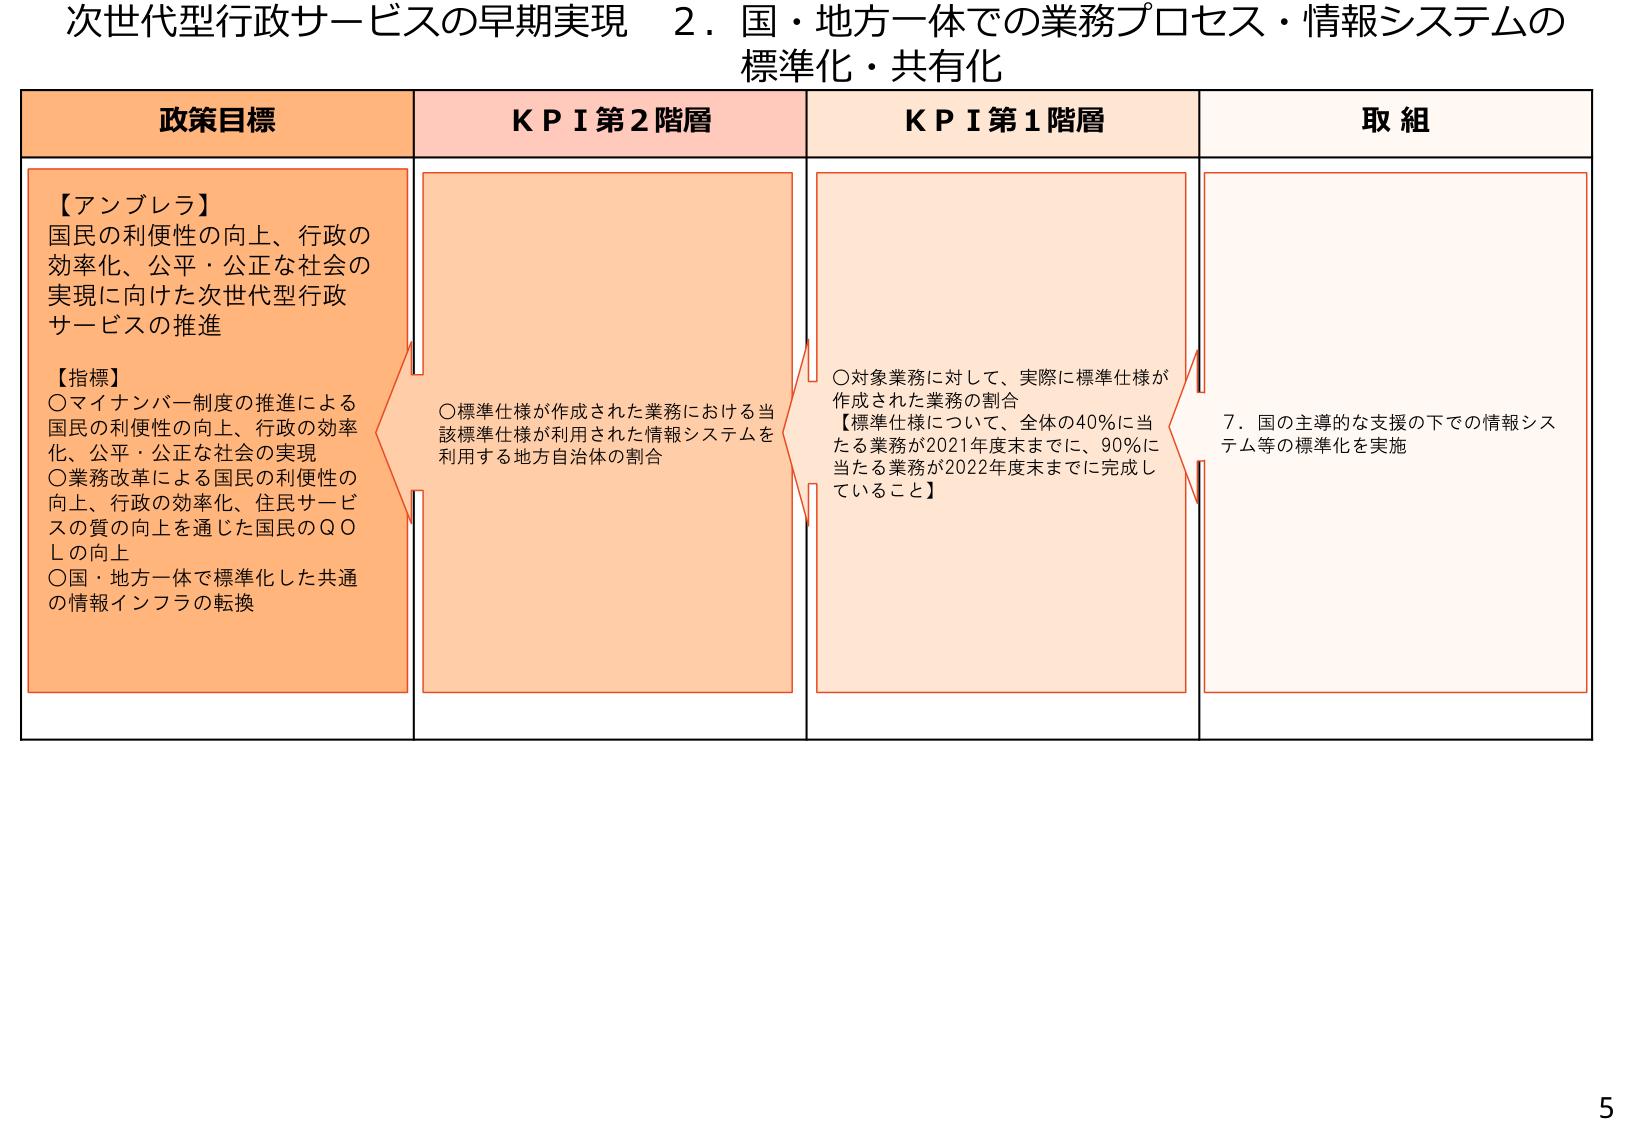
次世代型行政サービスの早期実現　２．国・地方一体での業務プロセス・情報システムの
標準化・共有化

政策目標
【アンブレラ】
国民の利便性の向上、行政の
効率化、公平・公正な社会の
実現に向けた次世代型行政
サービスの推進

【指標】
〇マイナンバー制度の推進による
国民の利便性の向上、行政の効率
化、公平・公正な社会の実現
〇業務改革による国民の利便性の
向上、行政の効率化、住民サービ
スの質の向上を通じた国民のＱＯ
Ｌの向上
〇国・地方一体で標準化した共通
の情報インフラの転換

ＫＰＩ第２階層
〇標準仕様が作成された業務における当
該標準仕様が利用された情報システムを
利用する地方自治体の割合

ＫＰＩ第１階層
〇対象業務に対して、実際に標準仕様が
作成された業務の割合
【標準仕様について、全体の40％に当
たる業務が2021年度末までに、90％に
当たる業務が2022年度末までに完成し
ていること】

取組
７．国の主導的な支援の下での情報シス
テム等の標準化を実施

5